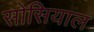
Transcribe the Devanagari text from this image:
सोसियाल